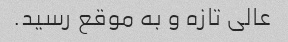
عالی تازه و به موقع رسید.